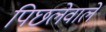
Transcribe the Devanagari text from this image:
पिछलेवाले